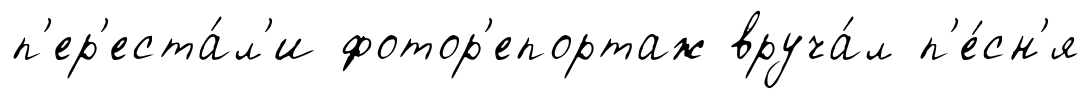
п'ер'еста́л'и фотор'епортаж вруча́л п'е́сн'я